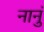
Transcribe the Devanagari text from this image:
नानुं